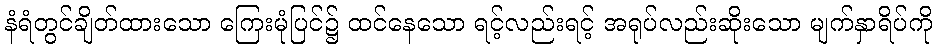
နံရံတွင်ချိတ်ထားသော ကြေးမုံပြင်၌ ထင်နေသော ရင့်လည်းရင့် အရုပ်လည်းဆိုးသော မျက်နှာရိပ်ကို